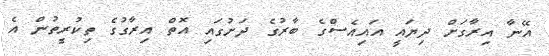
އޭނާ އިރާގަށް ދިޔައީ އައިއެސްގެ ބާރުގެ ދަށުގައި އޮތް އިރާގުގެ ތިކުރީތުން އެ